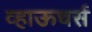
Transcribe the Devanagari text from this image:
व्हाऊचर्स